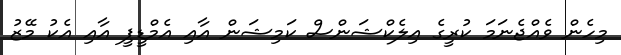
މިހެން ވެއްޖެނަމަ ކުރީގެ އިލެކްޝަންސް ކަމިޝަން އާއި އެމްޑީޕީ އާއި އެކު މޭޒު